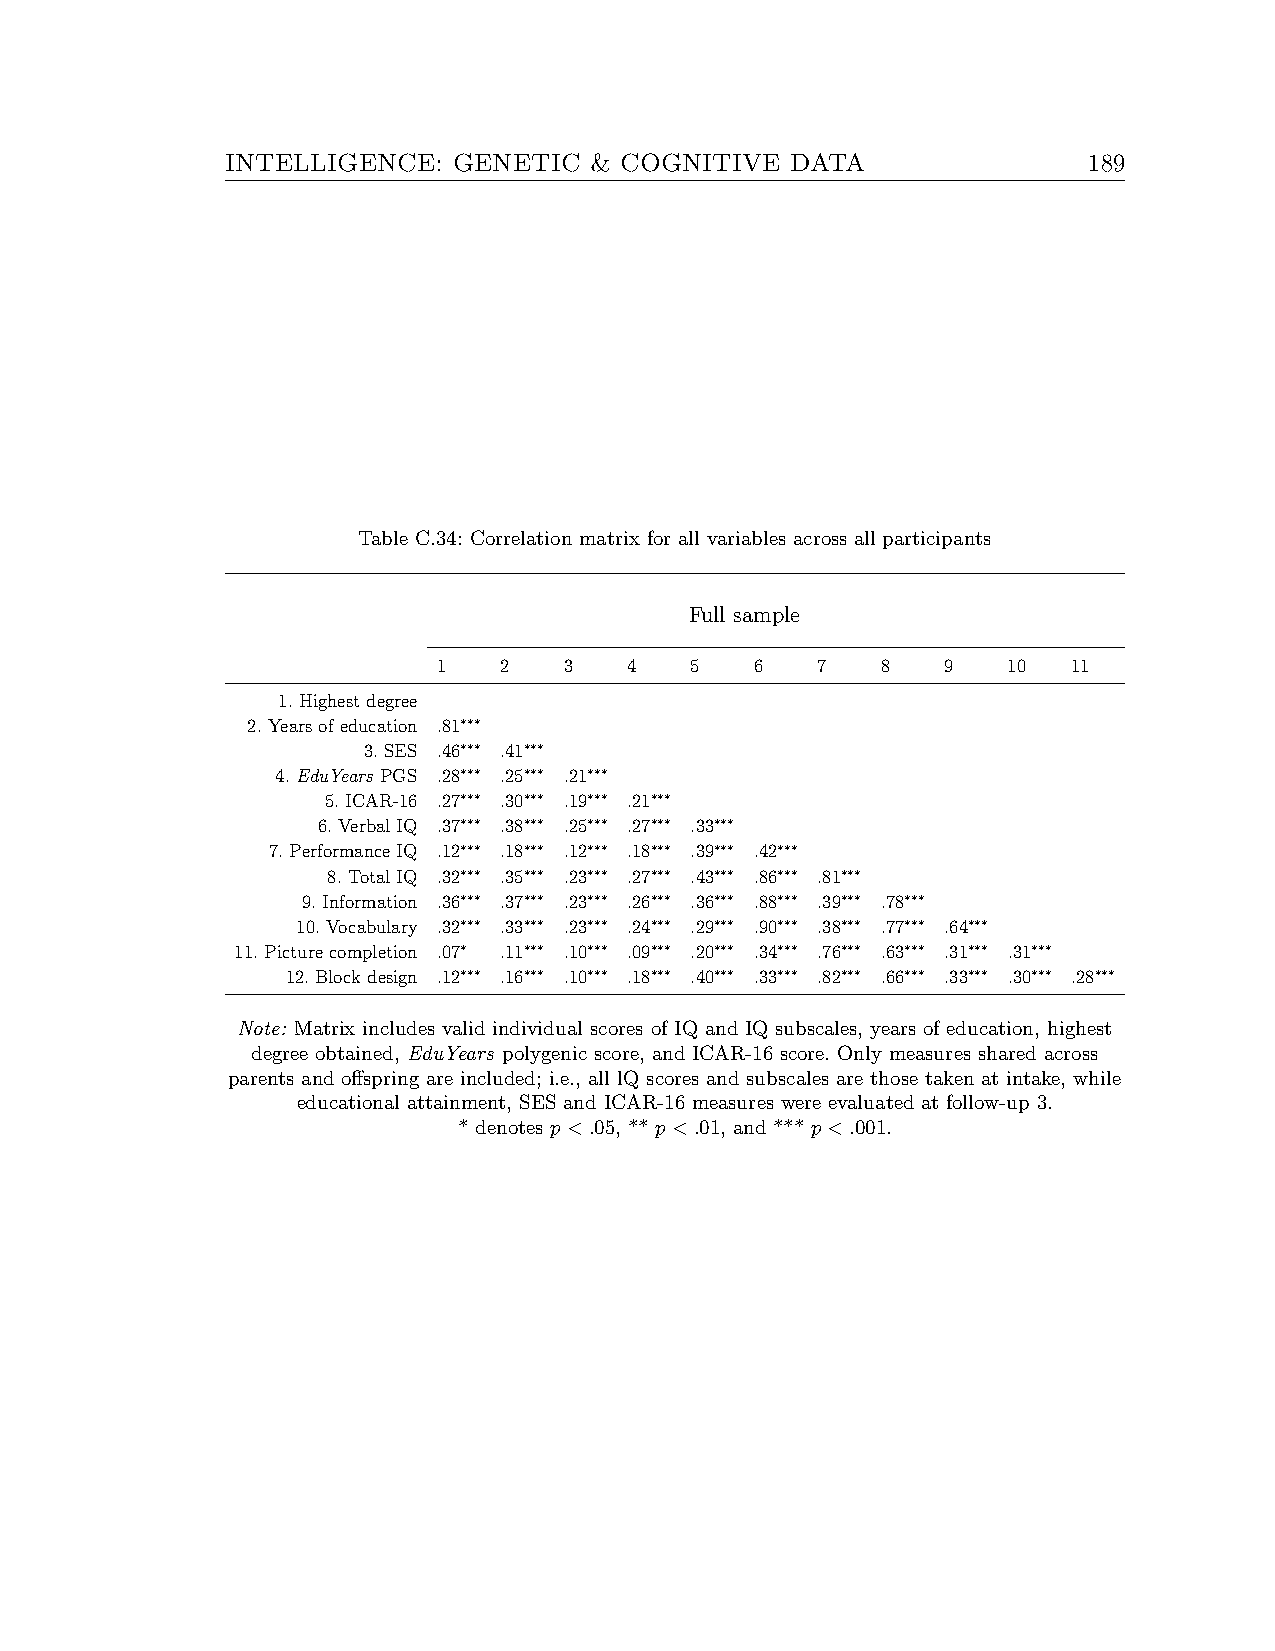
INTELLIGENCE:  GENETIC  & COGNITIVE  DATA                189
 Table C.34: Correlation matrix for all variables across all participants
 Full sample
 1   2   3    4   5   6   7   8    9   10  11
 1.Highestdegree
 2.Yearsofeducation .81∗∗∗
 3.SES .46∗∗∗ .41∗∗∗
 4.EduYears PGS .28∗∗∗ .25∗∗∗ .21∗∗∗
 5.ICAR-16 .27∗∗∗ .30∗∗∗ .19∗∗∗ .21∗∗∗
 6.VerbalIQ .37∗∗∗ .38∗∗∗ .25∗∗∗ .27∗∗∗ .33∗∗∗
 7.PerformanceIQ .12∗∗∗ .18∗∗∗ .12∗∗∗ .18∗∗∗ .39∗∗∗ .42∗∗∗
 8.TotalIQ .32∗∗∗ .35∗∗∗ .23∗∗∗ .27∗∗∗ .43∗∗∗ .86∗∗∗ .81∗∗∗
 9.Information .36∗∗∗ .37∗∗∗ .23∗∗∗ .26∗∗∗ .36∗∗∗ .88∗∗∗ .39∗∗∗ .78∗∗∗
 10.Vocabulary .32∗∗∗ .33∗∗∗ .23∗∗∗ .24∗∗∗ .29∗∗∗ .90∗∗∗ .38∗∗∗ .77∗∗∗ .64∗∗∗
 11.Picturecompletion .07∗ .11∗∗∗ .10∗∗∗ .09∗∗∗ .20∗∗∗ .34∗∗∗ .76∗∗∗ .63∗∗∗ .31∗∗∗ .31∗∗∗
 12.Blockdesign .12∗∗∗ .16∗∗∗ .10∗∗∗ .18∗∗∗ .40∗∗∗ .33∗∗∗ .82∗∗∗ .66∗∗∗ .33∗∗∗ .30∗∗∗ .28∗∗∗
 Note: Matrix includes valid individual scores of IQ and IQ subscales, years of education, highest
 degree obtained, EduYears polygenic score, and ICAR-16 score. Only measures shared across
 parents and offspring are included; i.e., all lQ scores and subscales are those taken at intake, while
 educational attainment, SES and ICAR-16 measures were evaluated at follow-up 3.
 * denotes p<.05, ** p<.01, and *** p<.001.